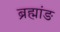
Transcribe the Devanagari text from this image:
ब्रह्मांङ